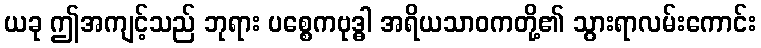
ယခု ဤအကျင့်သည် ဘုရား ပစ္စေကဗုဒ္ဓါ အရိယသာဝကတို့၏ သွားရာလမ်းကောင်း